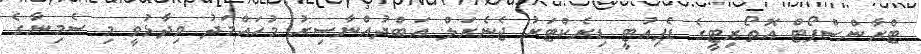
ޓްރާންސްޕޯޓް އޮތޯރިޓީގެ ޑެޕިއުޓީ ޑިރެކްޓަރު ޖެނެރަލް އަބްދުއްނާސިރު މުހައްމަދު ވިދާޅުވީ މި ސެމިނާގެ